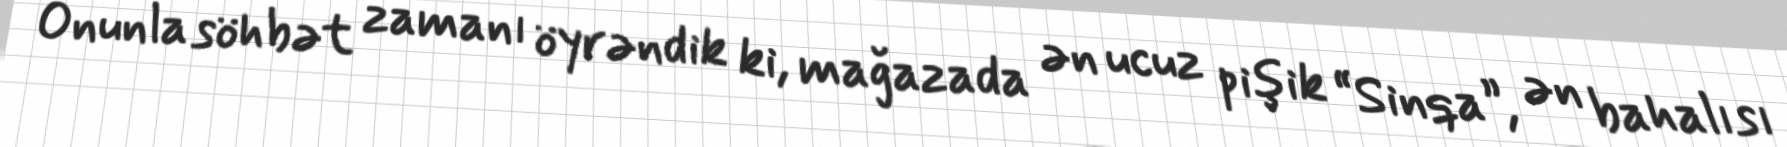
Onunla söhbət zamanı öyrəndik ki, mağazada ən ucuz pişik “Sinqa”, ən bahalısı